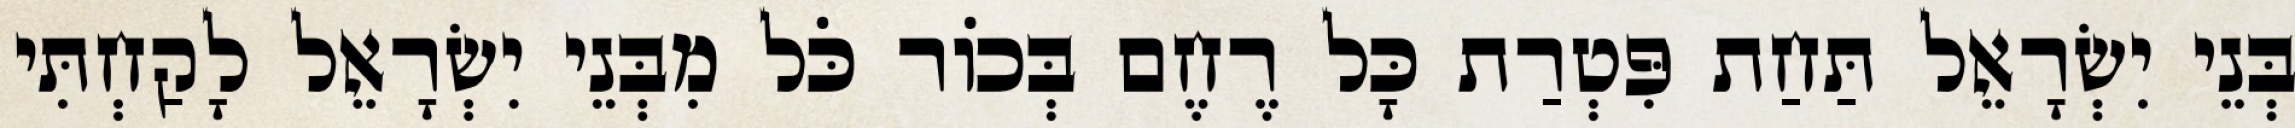
בְּנֵי יִשְׂרָאֵל תַּחַת פִּטְרַת כָּל רֶחֶם בְּכוֹר כֹּל מִבְּנֵי יִשְׂרָאֵל לָקַחְתִּי